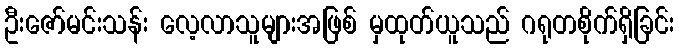
ဦးဇော်မင်းသန်း လေ့လာသူများအဖြစ် မှထုတ်ယူသည် ဂရုတစိုက်ရှိခြင်း